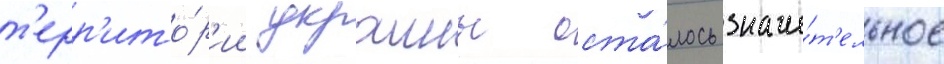
т'ерр'ито́р'ии украины оста́лось значи́т'ельное